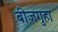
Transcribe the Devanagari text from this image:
बीजगुहा